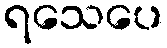
ရသေပေ